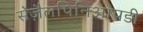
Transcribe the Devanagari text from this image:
सेज़ैलपिनिआपडी